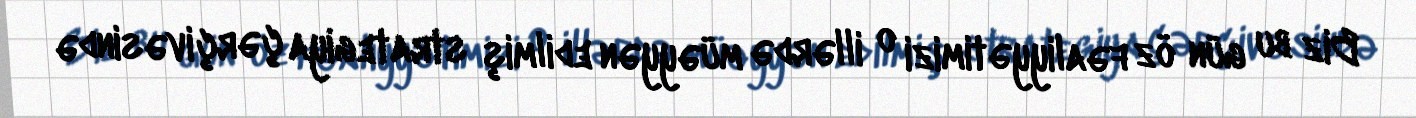
Biz bu gün öz fəaliyyətimizi o illərdə müəyyən edilmiş strategiya çərçivəsində